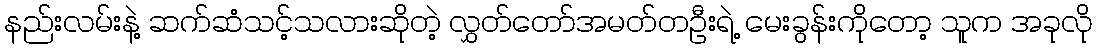
နည်းလမ်းနဲ့ ဆက်ဆံသင့်သလားဆိုတဲ့ လွှတ်တော်အမတ်တဦးရဲ့ မေးခွန်းကိုတော့ သူက အခုလို